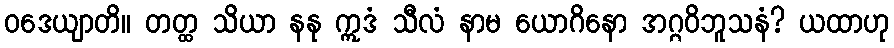
ဝဒေယျာတိ။ တတ္ထ သိယာ နနု ဣဒံ သီလံ နာမ ယောဂိနော အဂ္ဂဝိဘူသနံ? ယထာဟု